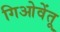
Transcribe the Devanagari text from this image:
गिओवेंतू